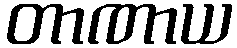
တာဏာယ